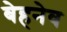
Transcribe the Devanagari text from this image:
बेहनेव